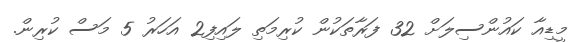
މީޑިއާ ކައުންސިލަށް 32 ފަރާތަކުން ކުރިމަތި ލައިފި2 އަހަރު 5 މަސް ކުރިން.